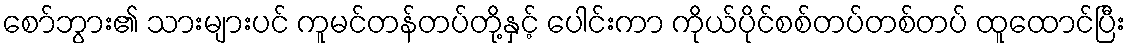
စော်ဘွား၏ သားများပင် ကူမင်တန်တပ်တို့နှင့် ပေါင်းကာ ကိုယ်ပိုင်စစ်တပ်တစ်တပ် ထူထောင်ပြီး